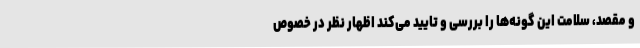
و مقصد، سلامت این گونه‌ها را بررسی و تایید می‌کند اظهار نظر در خصوص